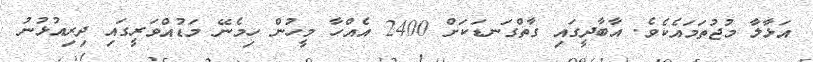
އަޅާލާ މުޖުތަމައެކެވެ. އާބާދީގައި ގާތްގަނޑަކަށް 2400 އެއްހާ މީހުން ހިމެނޭ މަޑުއްވަރީގައި ދިރިއުޅުނު